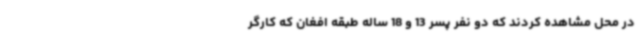
در محل مشاهده کردند که دو نفر پسر 13 و 18 ساله طبقه افغان که کارگر